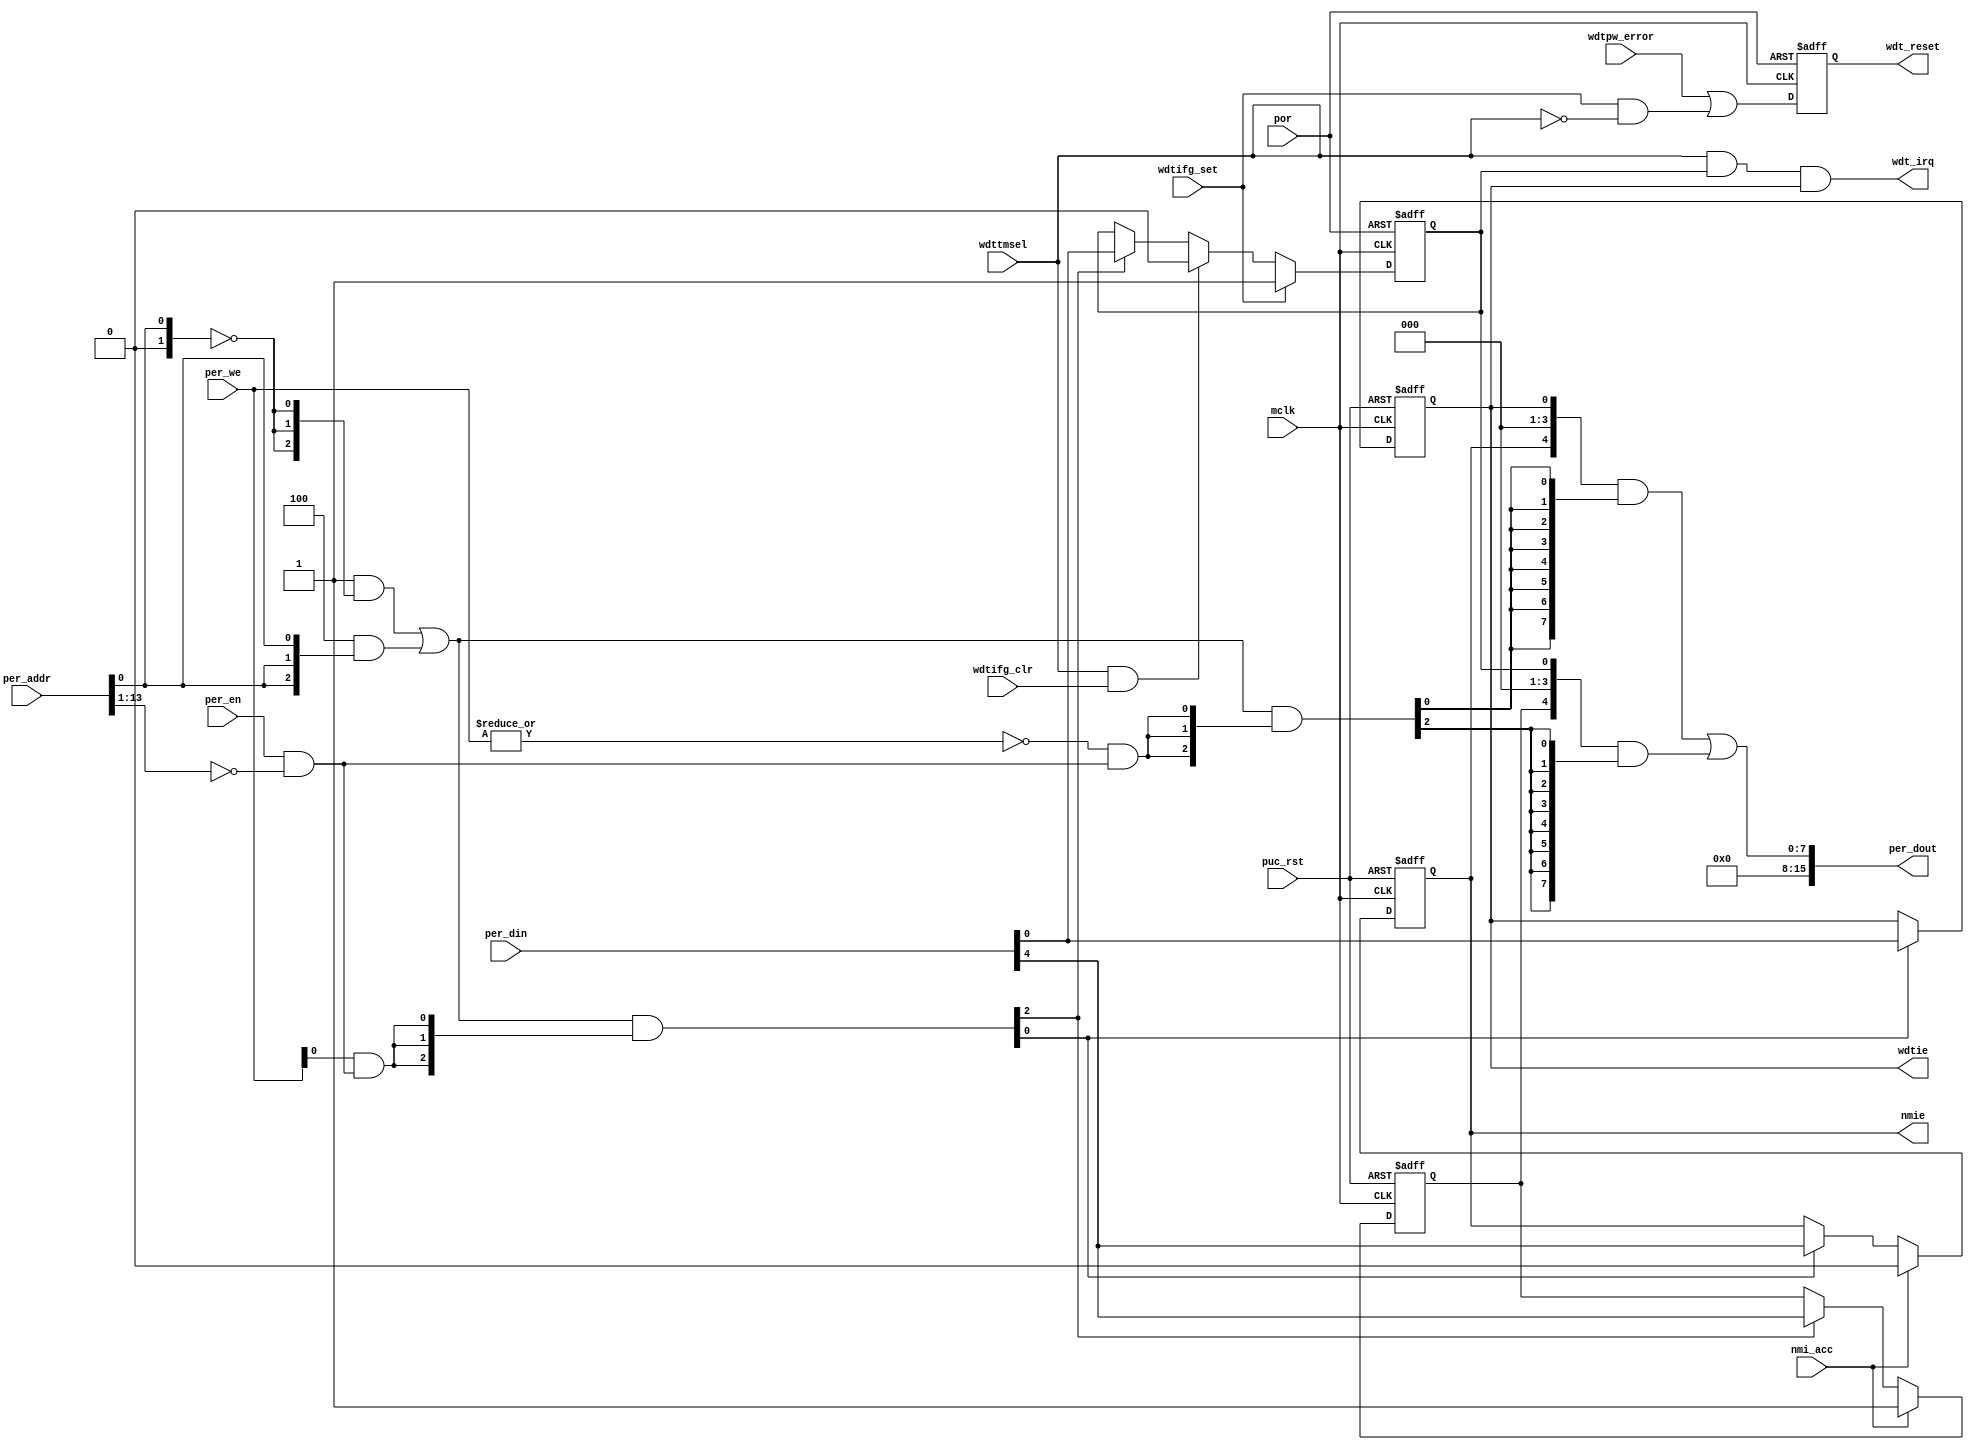
module  omsp_sfr (

// OUTPUTs
    nmie,                         // Non-maskable interrupt enable
    per_dout,                     // Peripheral data output
    wdt_irq,                      // Watchdog-timer interrupt
    wdt_reset,                    // Watchdog-timer reset
    wdtie,                        // Watchdog-timer interrupt enable

// INPUTs
    mclk,                         // Main system clock
    nmi_acc,                      // Non-Maskable interrupt request accepted
    per_addr,                     // Peripheral address
    per_din,                      // Peripheral data input
    per_en,                       // Peripheral enable (high active)
    per_we,                       // Peripheral write enable (high active)
    por,                          // Power-on reset
    puc_rst,                      // Main system reset
    wdtifg_clr,                   // Clear Watchdog-timer interrupt flag
    wdtifg_set,                   // Set Watchdog-timer interrupt flag
    wdtpw_error,                  // Watchdog-timer password error
    wdttmsel                      // Watchdog-timer mode select
);

// OUTPUTs
//=========
output              nmie;         // Non-maskable interrupt enable
output       [15:0] per_dout;     // Peripheral data output
output              wdt_irq;      // Watchdog-timer interrupt
output              wdt_reset;    // Watchdog-timer reset
output              wdtie;        // Watchdog-timer interrupt enable

// INPUTs
//=========
input               mclk;         // Main system clock
input               nmi_acc;      // Non-Maskable interrupt request accepted
input        [13:0] per_addr;     // Peripheral address
input        [15:0] per_din;      // Peripheral data input
input               per_en;       // Peripheral enable (high active)
input         [1:0] per_we;       // Peripheral write enable (high active)
input               por;          // Power-on reset
input               puc_rst;      // Main system reset
input               wdtifg_clr;   // Clear Watchdog-timer interrupt flag
input               wdtifg_set;   // Set Watchdog-timer interrupt flag
input               wdtpw_error;  // Watchdog-timer password error
input               wdttmsel;     // Watchdog-timer mode select


//=============================================================================
// 1)  PARAMETER DECLARATION
//=============================================================================

// Register base address (must be aligned to decoder bit width)
parameter       [14:0] BASE_ADDR   = 15'h0000;

// Decoder bit width (defines how many bits are considered for address decoding)
parameter              DEC_WD      =  2;

// Register addresses offset
parameter [DEC_WD-1:0] IE1         =  'h0,
                       IFG1        =  'h2;

// Register one-hot decoder utilities
parameter              DEC_SZ      =  2**DEC_WD;
parameter [DEC_SZ-1:0] BASE_REG    =  {{DEC_SZ-1{1'b0}}, 1'b1};

// Register one-hot decoder
parameter [DEC_SZ-1:0] IE1_D       = (BASE_REG << IE1),
                       IFG1_D      = (BASE_REG << IFG1);


//============================================================================
// 2)  REGISTER DECODER
//============================================================================

// Local register selection
wire              reg_sel      =  per_en & (per_addr[13:DEC_WD-1]==BASE_ADDR[14:DEC_WD]);

// Register local address
wire [DEC_WD-1:0] reg_addr     =  {1'b0, per_addr[DEC_WD-2:0]};

// Register address decode
wire [DEC_SZ-1:0] reg_dec      = (IE1_D   &  {DEC_SZ{(reg_addr==(IE1  >>1))}})  |
                                 (IFG1_D  &  {DEC_SZ{(reg_addr==(IFG1 >>1))}});

// Read/Write probes
wire              reg_lo_write =  per_we[0] & reg_sel;
wire              reg_hi_write =  per_we[1] & reg_sel;
wire              reg_read     = ~|per_we   & reg_sel;

// Read/Write vectors
wire [DEC_SZ-1:0] reg_hi_wr    = reg_dec & {DEC_SZ{reg_hi_write}};
wire [DEC_SZ-1:0] reg_lo_wr    = reg_dec & {DEC_SZ{reg_lo_write}};
wire [DEC_SZ-1:0] reg_rd       = reg_dec & {DEC_SZ{reg_read}};


//============================================================================
// 3) REGISTERS
//============================================================================

// IE1 Register
//--------------
wire [7:0] ie1;
wire       ie1_wr  = IE1[0] ? reg_hi_wr[IE1] : reg_lo_wr[IE1];
wire [7:0] ie1_nxt = IE1[0] ? per_din[15:8]  : per_din[7:0];

reg        nmie;
always @ (posedge mclk or posedge puc_rst)
  if (puc_rst)      nmie  <=  1'b0;
  else if (nmi_acc) nmie  <=  1'b0; 
  else if (ie1_wr)  nmie  <=  ie1_nxt[4];    

reg        wdtie;
always @ (posedge mclk or posedge puc_rst)
  if (puc_rst)      wdtie <=  1'b0;
  else if (ie1_wr)  wdtie <=  ie1_nxt[0];    

assign  ie1 = {3'b000, nmie, 3'b000, wdtie};


// IFG1 Register
//---------------
wire [7:0] ifg1;
wire       ifg1_wr  = IFG1[0] ? reg_hi_wr[IFG1] : reg_lo_wr[IFG1];
wire [7:0] ifg1_nxt = IFG1[0] ? per_din[15:8]   : per_din[7:0];

reg        nmiifg;
always @ (posedge mclk or posedge puc_rst)
  if (puc_rst)       nmiifg <=  1'b0;
  else if (nmi_acc)  nmiifg <=  1'b1;
  else if (ifg1_wr)  nmiifg <=  ifg1_nxt[4];

reg        wdtifg;
always @ (posedge mclk or posedge por)
  if (por)                        wdtifg <=  1'b0;
  else if (wdtifg_set)            wdtifg <=  1'b1;
  else if (wdttmsel & wdtifg_clr) wdtifg <=  1'b0;
  else if (ifg1_wr)               wdtifg <=  ifg1_nxt[0];

assign  ifg1 = {3'b000, nmiifg, 3'b000, wdtifg};


//============================================================================
// 4) DATA OUTPUT GENERATION
//============================================================================

// Data output mux
wire [15:0] ie1_rd   = {8'h00, (ie1  & {8{reg_rd[IE1]}})}  << (8 & {4{IE1[0]}});
wire [15:0] ifg1_rd  = {8'h00, (ifg1 & {8{reg_rd[IFG1]}})} << (8 & {4{IFG1[0]}});

wire [15:0] per_dout =  ie1_rd   |
                        ifg1_rd;


//=============================================================================
// 5)  WATCHDOG INTERRUPT & RESET
//=============================================================================

// Watchdog interrupt generation
//---------------------------------
wire    wdt_irq      = wdttmsel & wdtifg & wdtie;

   
// Watchdog reset generation
//-----------------------------
reg     wdt_reset;

always @ (posedge mclk or posedge por)
  if (por) wdt_reset <= 1'b0;
  else     wdt_reset <= wdtpw_error | (wdtifg_set & ~wdttmsel);


endmodule